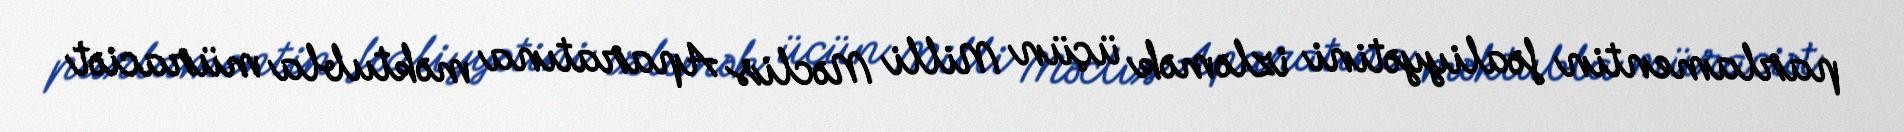
parlamentin fəaliyyətini izləmək üçün Milli Məclis Aparatına məktubla müraciət